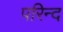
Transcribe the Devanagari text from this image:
परिन्द